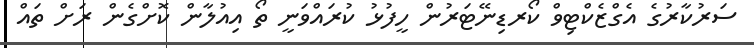
ސަރުކާރުގެ އެގްޒެކްޓިވް ކޯރޑިނޭޓަރުން ހީފުޅު ކުރައްވަނީ ތޯ އިއުލާން ކޮށްގެން ރަށް ތައް